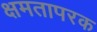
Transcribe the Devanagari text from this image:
क्षमतापरक